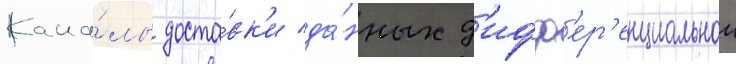
Кана́лы доста́вк'и да́нных д'ифф'ер'енциальнои